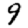
Digit: 9